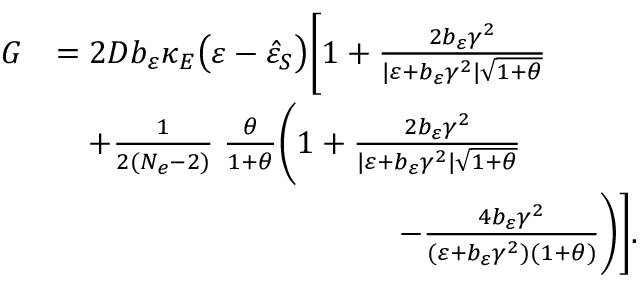
\begin{array} { r l } { G } & { = 2 D b _ { \varepsilon } \kappa _ { E } \big ( \varepsilon - \hat { \varepsilon } _ { S } \big ) \Bigg [ 1 + \frac { 2 b _ { \varepsilon } \gamma ^ { 2 } } { \vert \varepsilon + b _ { \varepsilon } \gamma ^ { 2 } \vert \sqrt { 1 + \theta } } } \\ & { \quad + \frac { 1 } { 2 ( N _ { e } - 2 ) } \; \frac { \theta } { 1 + \theta } \Bigg ( 1 + \frac { 2 b _ { \varepsilon } \gamma ^ { 2 } } { \vert \varepsilon + b _ { \varepsilon } \gamma ^ { 2 } \vert \sqrt { 1 + \theta } } } \\ & { \qquad \qquad \qquad \qquad \qquad \; \; - \frac { 4 b _ { \varepsilon } \gamma ^ { 2 } } { ( \varepsilon + b _ { \varepsilon } \gamma ^ { 2 } ) ( 1 + \theta ) } \Bigg ) \Bigg ] . } \end{array}